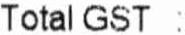
TOTAL GST :